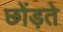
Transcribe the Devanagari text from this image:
छोंड़ते